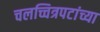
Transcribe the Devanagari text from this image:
चलच्चित्रपटांच्या